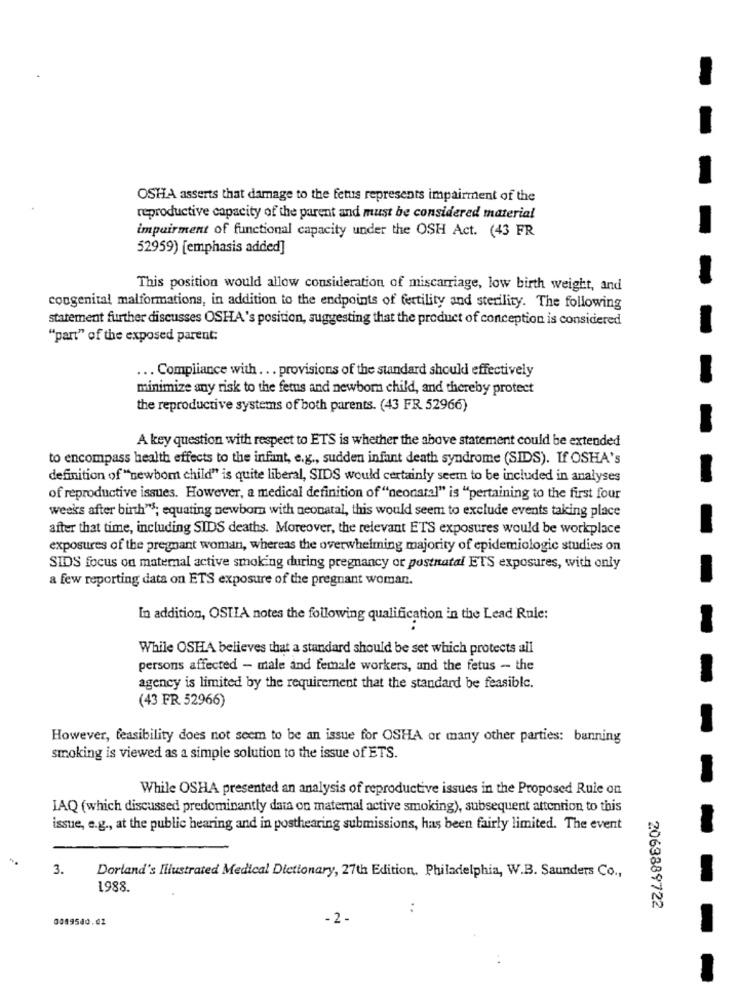
-
OSHA asserts that damage to the fetus represents impairment of the
reproductive capacity of the parent and must be considered material
impairment of functional capacity under the OSH Act. (43 FR
52959) [emphasis added]
This position would allow consideration of miscarriage, low birth weight, and
congenital malformations, in addition to the endpoints of fertility and sterility. The following
statement further discusses OSHA's position, suggesting that the product of conception is considered
"part" of the exposed parent:
... Compliance with ... provisions of the standard should effectively
minimize any risk to the fetus and newborn child, and thereby protect
the reproductive systems of both parents. (43 FR 52966)
A key question with respect to ETS is whether the above statement could be extended
to encompass health effects to the infant, e.g ., sudden infant death syndrome (SIDS). If OSHA's
definition of "newbom child" is quite liberal, SIDS would certainly seem to be included in analyses
of reproductive issues. However, a medical definition of "neonatal" is "pertaining to the first four
weeks after birth"s; equating newborn with neonatal, this would seem to exclude events taking place
after that time, including SIDS deaths. Moreover, the relevant ETS exposures would be workplace
exposures of the pregnant woman, whereas the overwhelming majority of epidemiologic studies on
SIDS focus on maternal active smoking during pregnancy or postnatal ETS exposures, with only
a few reporting data on ETS exposure of the pregnant woman.
In addition, OSTIA notes the following qualification in the Lead Rule:
While OSHA believes that a standard should be set which protects all
persons affected - male and female workers, and the fetus - the
agency is limited by the requirement that the standard be feasible.
(43 FR 52966)
However, feasibility does not seem to be an issue for OSHA or many other parties: banning
smoking is viewed as a simple solution to the issue of ETS.
While OSHA presented an analysis of reproductive issues in the Proposed Rule on
IAQ (which discussed predominantly data on maternal active smoking), subsequent attention to this
issue, e.g ., at the public hearing and in posthearing submissions, has been fairly limited. The event
3.
Dorland's lilustrated Medical Dictionary, 27th Edition. Philadelphia, W.B. Saunders Co .,
1988.
:
2063889722
0089540.02
-2 -